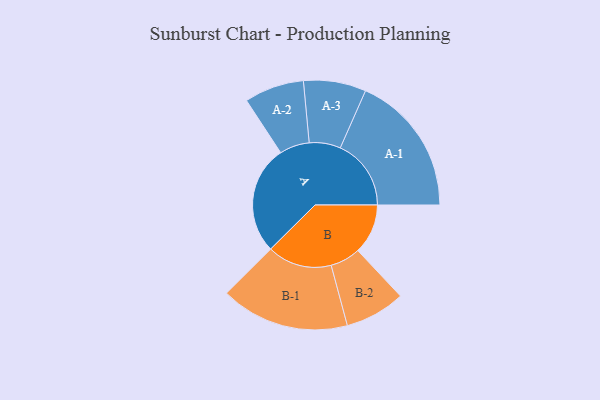
{"axis": {"x": "Segment", "y": "Value"}, "legend": ["", "A", "B"], "data": [{"x": "A", "y": 393, "type": ""}, {"x": "B", "y": 181, "type": ""}, {"x": "A-1", "y": 256, "type": "A"}, {"x": "A-2", "y": 108, "type": "A"}, {"x": "A-3", "y": 113, "type": "A"}, {"x": "B-1", "y": 233, "type": "B"}, {"x": "B-2", "y": 109, "type": "B"}]}